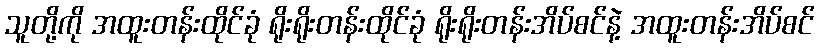
သူတို့ကို အထူးတန်းထိုင်ခုံ ရိုးရိုးတန်းထိုင်ခုံ ရိုးရိုးတန်းအိပ်စင်နဲ့ အထူးတန်းအိပ်စင်